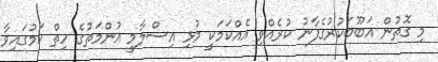
މި ގޮތުން އަބޫބަކުރުގެފާނު ކުރެއްވި އެއްކަމަކީ މުޅި އިސްލާމީ އުންމަތުގެ ހިތް ކަމުގައިވާ